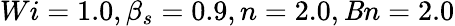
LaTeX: Wi=1.0,\beta_{s}=0.9,n=2.0,\mathit{B}n=2.0